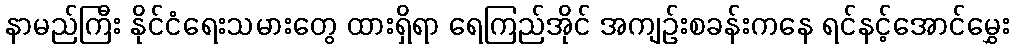
နာမည်ကြီး နိုင်ငံရေးသမားတွေ ထားရှိရာ ရေကြည်အိုင် အကျဉ်းစခန်းကနေ ရင်နင့်အောင်မွှေး